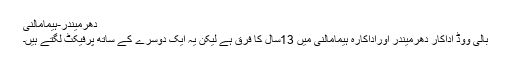
دھرمیندر-ہیمامالنی
بالی ووڈ اداکار دھرمیندر اوراداکارہ ہیمامالنی میں 13سال کا فرق ہے لیکن یہ ایک دوسرے کے ساتھ پرفیکٹ لگتے ہیں۔